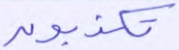
تكذبون